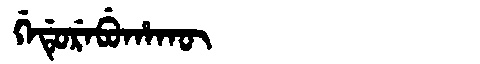
Manchu: ᡤᡝᡩᡠᡵᡝᠪᡠᡥᠠᡴᡡ
Romanization: GEDUREBUHAKŪ